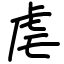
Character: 虐